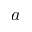
a